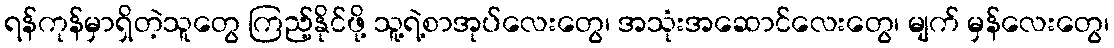
ရန်ကုန်မှာရှိတဲ့သူတွေ ကြည့်နိုင်ဖို့ သူ့ရဲ့စာအုပ်လေးတွေ၊ အသုံးအဆောင်လေးတွေ၊ မျက် မှန်လေးတွေ၊